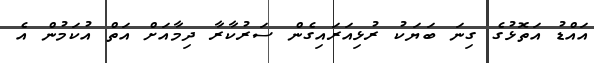
އައްޑު އަތޮޅުގެ ގިނަ ބަޔަކު ރުޅިއަރައިގެން ސަރުކާރާ ދިމާއަށް އަތް އުކަމުން އެ